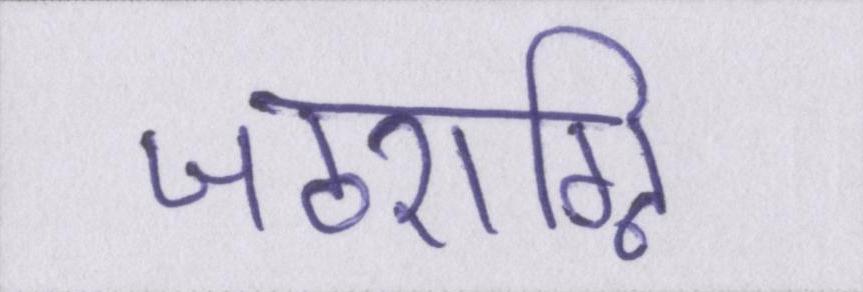
जठराग्नि